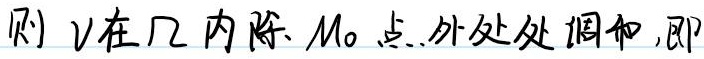
则 \(v\) 在 \(\Omega\) 内除 \(M_0\) 点外处处调和，即